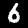
Label: 6